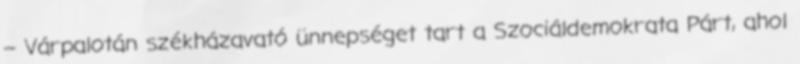
– Várpalotán székházavató ünnepséget tart a Szociáldemokrata Párt, ahol